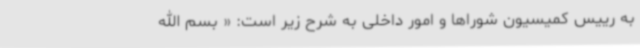
به رییس کمیسیون شوراها و امور داخلی به شرح زیر است: « بسم‌ الله‌